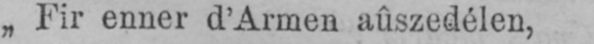
„Fir enner d’Armen aûszedélen,